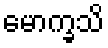
မောက္ခသိ